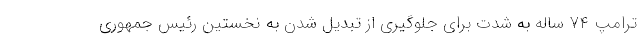
ترامپ ۷۴ ساله به شدت برای جلوگیری از تبدیل شدن به نخستین رئیس جمهوری